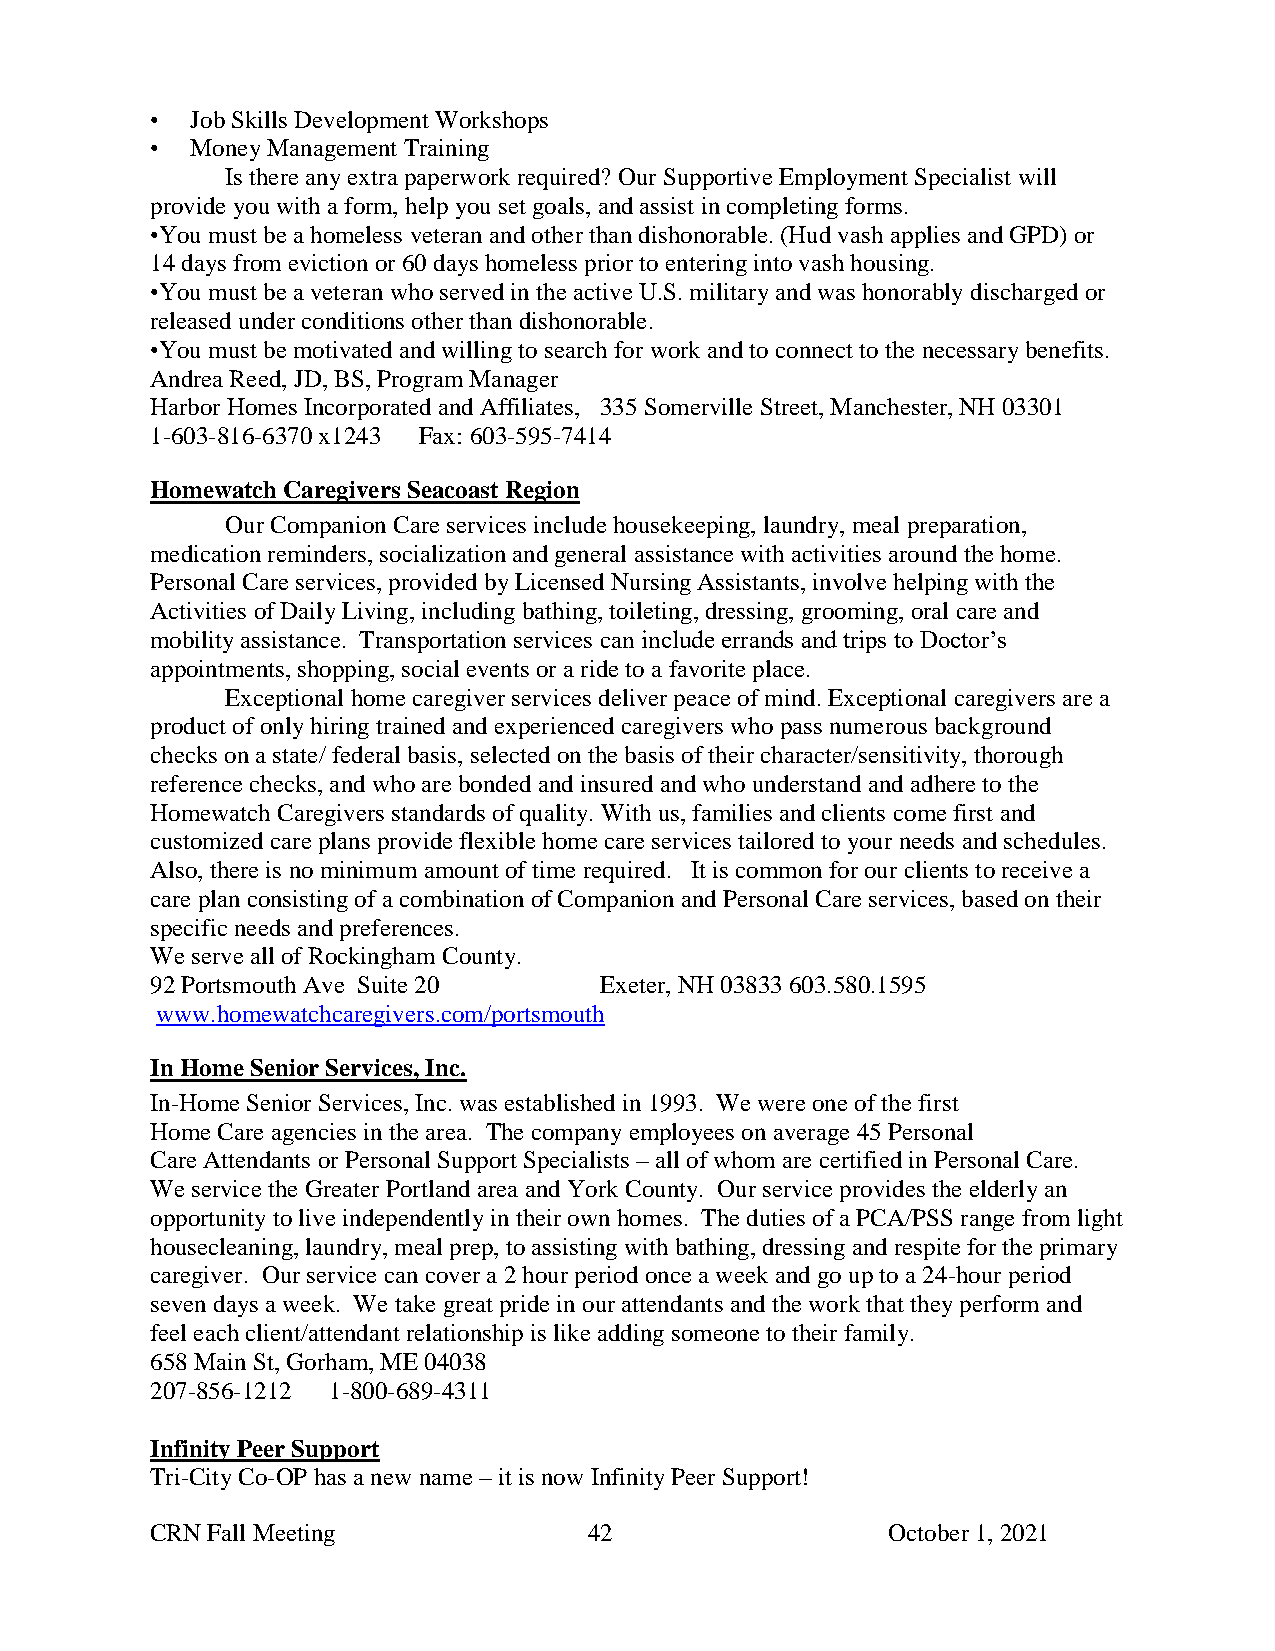
•  Job Skills Development Workshops
 •  Money Management Training
 Is there any extra paperwork required? Our Supportive Employment Specialist will
 provide you with a form, help you set goals, and assist in completing forms.
 •You must be a homeless veteran and other than dishonorable. (Hud vash applies and GPD) or
 14 days from eviction or 60 days homeless prior to entering into vash housing.
 •You must be a veteran who served in the active U.S. military and was honorably discharged or
 released under conditions other than dishonorable.
 •You must be motivated and willing to search for work and to connect to the necessary benefits.
 Andrea Reed, JD, BS, Program Manager
 Harbor Homes Incorporated and Affiliates, 335 Somerville Street, Manchester, NH 03301
 1-603-816-6370 x1243 Fax: 603-595-7414
 Homewatch Caregivers Seacoast Region
 Our Companion Care services include housekeeping, laundry, meal preparation,
 medication reminders, socialization and general assistance with activities around the home.
 Personal Care services, provided by Licensed Nursing Assistants, involve helping with the
 Activities of Daily Living, including bathing, toileting, dressing, grooming, oral care and
 mobility assistance. Transportation services can include errands and trips to Doctor’s
 appointments, shopping, social events or a ride to a favorite place.
 Exceptional home caregiver services deliver peace of mind. Exceptional caregivers are a
 product of only hiring trained and experienced caregivers who pass numerous background
 checks on a state/ federal basis, selected on the basis of their character/sensitivity, thorough
 reference checks, and who are bonded and insured and who understand and adhere to the
 Homewatch Caregivers standards of quality. With us, families and clients come first and
 customized care plans provide flexible home care services tailored to your needs and schedules.
 Also, there is no minimum amount of time required. It is common for our clients to receive a
 care plan consisting of a combination of Companion and Personal Care services, based on their
 specific needs and preferences.
 We serve all of Rockingham County.
 92 Portsmouth Ave Suite 20    Exeter, NH 03833 603.580.1595
 www.homewatchcaregivers.com/portsmouth
 In Home Senior Services, Inc.
 In-Home Senior Services, Inc. was established in 1993. We were one of the first
 Home Care agencies in the area. The company employees on average 45 Personal
 Care Attendants or Personal Support Specialists – all of whom are certified in Personal Care.
 We service the Greater Portland area and York County. Our service provides the elderly an
 opportunity to live independently in their own homes. The duties of a PCA/PSS range from light
 housecleaning, laundry, meal prep, to assisting with bathing, dressing and respite for the primary
 caregiver. Our service can cover a 2 hour period once a week and go up to a 24-hour period
 seven days a week. We take great pride in our attendants and the work that they perform and
 feel each client/attendant relationship is like adding someone to their family.
 658 Main St, Gorham, ME 04038
 207-856-1212 1-800-689-4311
 Infinity Peer Support
 Tri-City Co-OP has a new name – it is now Infinity Peer Support!
 CRN Fall Meeting             42                  October 1, 2021